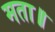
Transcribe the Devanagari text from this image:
मता॥